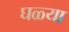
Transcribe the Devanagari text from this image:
घळ्या